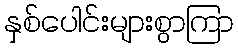
နှစ်ပေါင်းများစွာကြာ